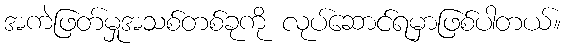
အကဲဖြတ်မှုအသစ်တစ်ခုကို လုပ်ဆောင်ရမှာဖြစ်ပါတယ်။